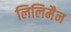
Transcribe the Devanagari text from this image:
लिलिमैन